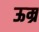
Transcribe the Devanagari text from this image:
ऊम्र